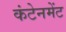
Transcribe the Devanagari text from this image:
कंटेनमेंट